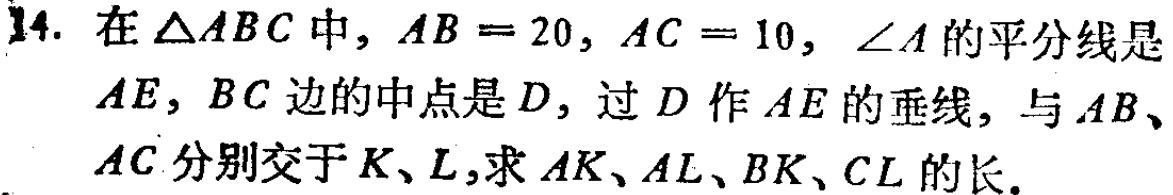
14. 在\(\triangle ABC\)中，\(AB = 20\)，\(AC = 10\)，\(\angle A\)的平分线是\(AE\)，\(BC\)边的中点是\(D\)，过\(D\)作\(AE\)的垂线，与\(AB\)、\(AC\)分别交于\(K\)、\(L\)，求\(AK\)、\(AL\)、\(BK\)、\(CL\)的长。